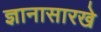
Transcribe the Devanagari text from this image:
ज्ञानासारखे